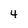
Character: 4